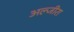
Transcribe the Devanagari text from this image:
अल्जीरा